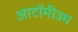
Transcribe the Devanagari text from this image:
आटॉमीउम